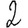
Digit: 2